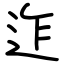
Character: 迮